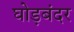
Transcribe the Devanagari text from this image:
घोड़बंदर